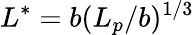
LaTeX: L^{*}=b(L_{p}/b)^{1/3}